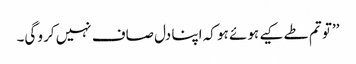
’’تو تم طے کیے ہوئے ہو کہ اپنا دل صاف نہیں کرو گی۔